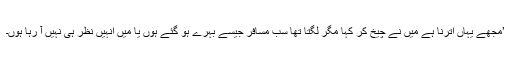
’مجھے یہاں اترنا ہے میں نے چیخ کر کہا مگر لگتا تھا سب مسافر جیسے بہرے ہو گئے ہوں یا میں انہیں نظر ہی نہیں آ رہا ہوں۔